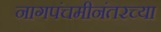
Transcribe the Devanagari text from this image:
नागपंचमीनंतरच्या